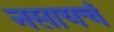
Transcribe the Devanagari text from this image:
नसायचं